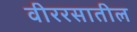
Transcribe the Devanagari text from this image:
वीररसातील